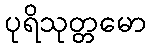
ပုရိသုတ္တမော